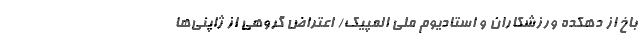
باخ از دهکده ورزشکاران و استادیوم ملی المپیک/ اعتراض گروهی از ژاپنی‌ها